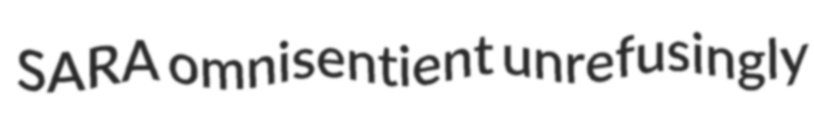
SARA omnisentient unrefusingly